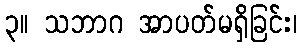
၃။ သဘာဂ အာပတ်မရှိခြင်း၊